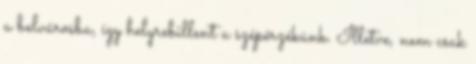
a belvárosba, így helyrebillent a szépérzékünk. Illetve, nem csak